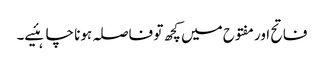
فاتح اور مفتوح میں کچھ تو فاصلہ ہونا چاہئیے۔